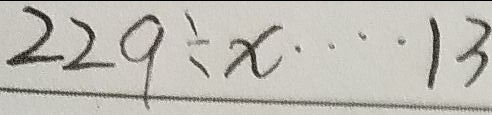
2 2 9 \div x \cdots 1 3